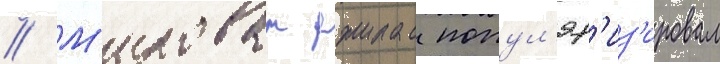
// М'илован джилас попул'яр'из'ировал